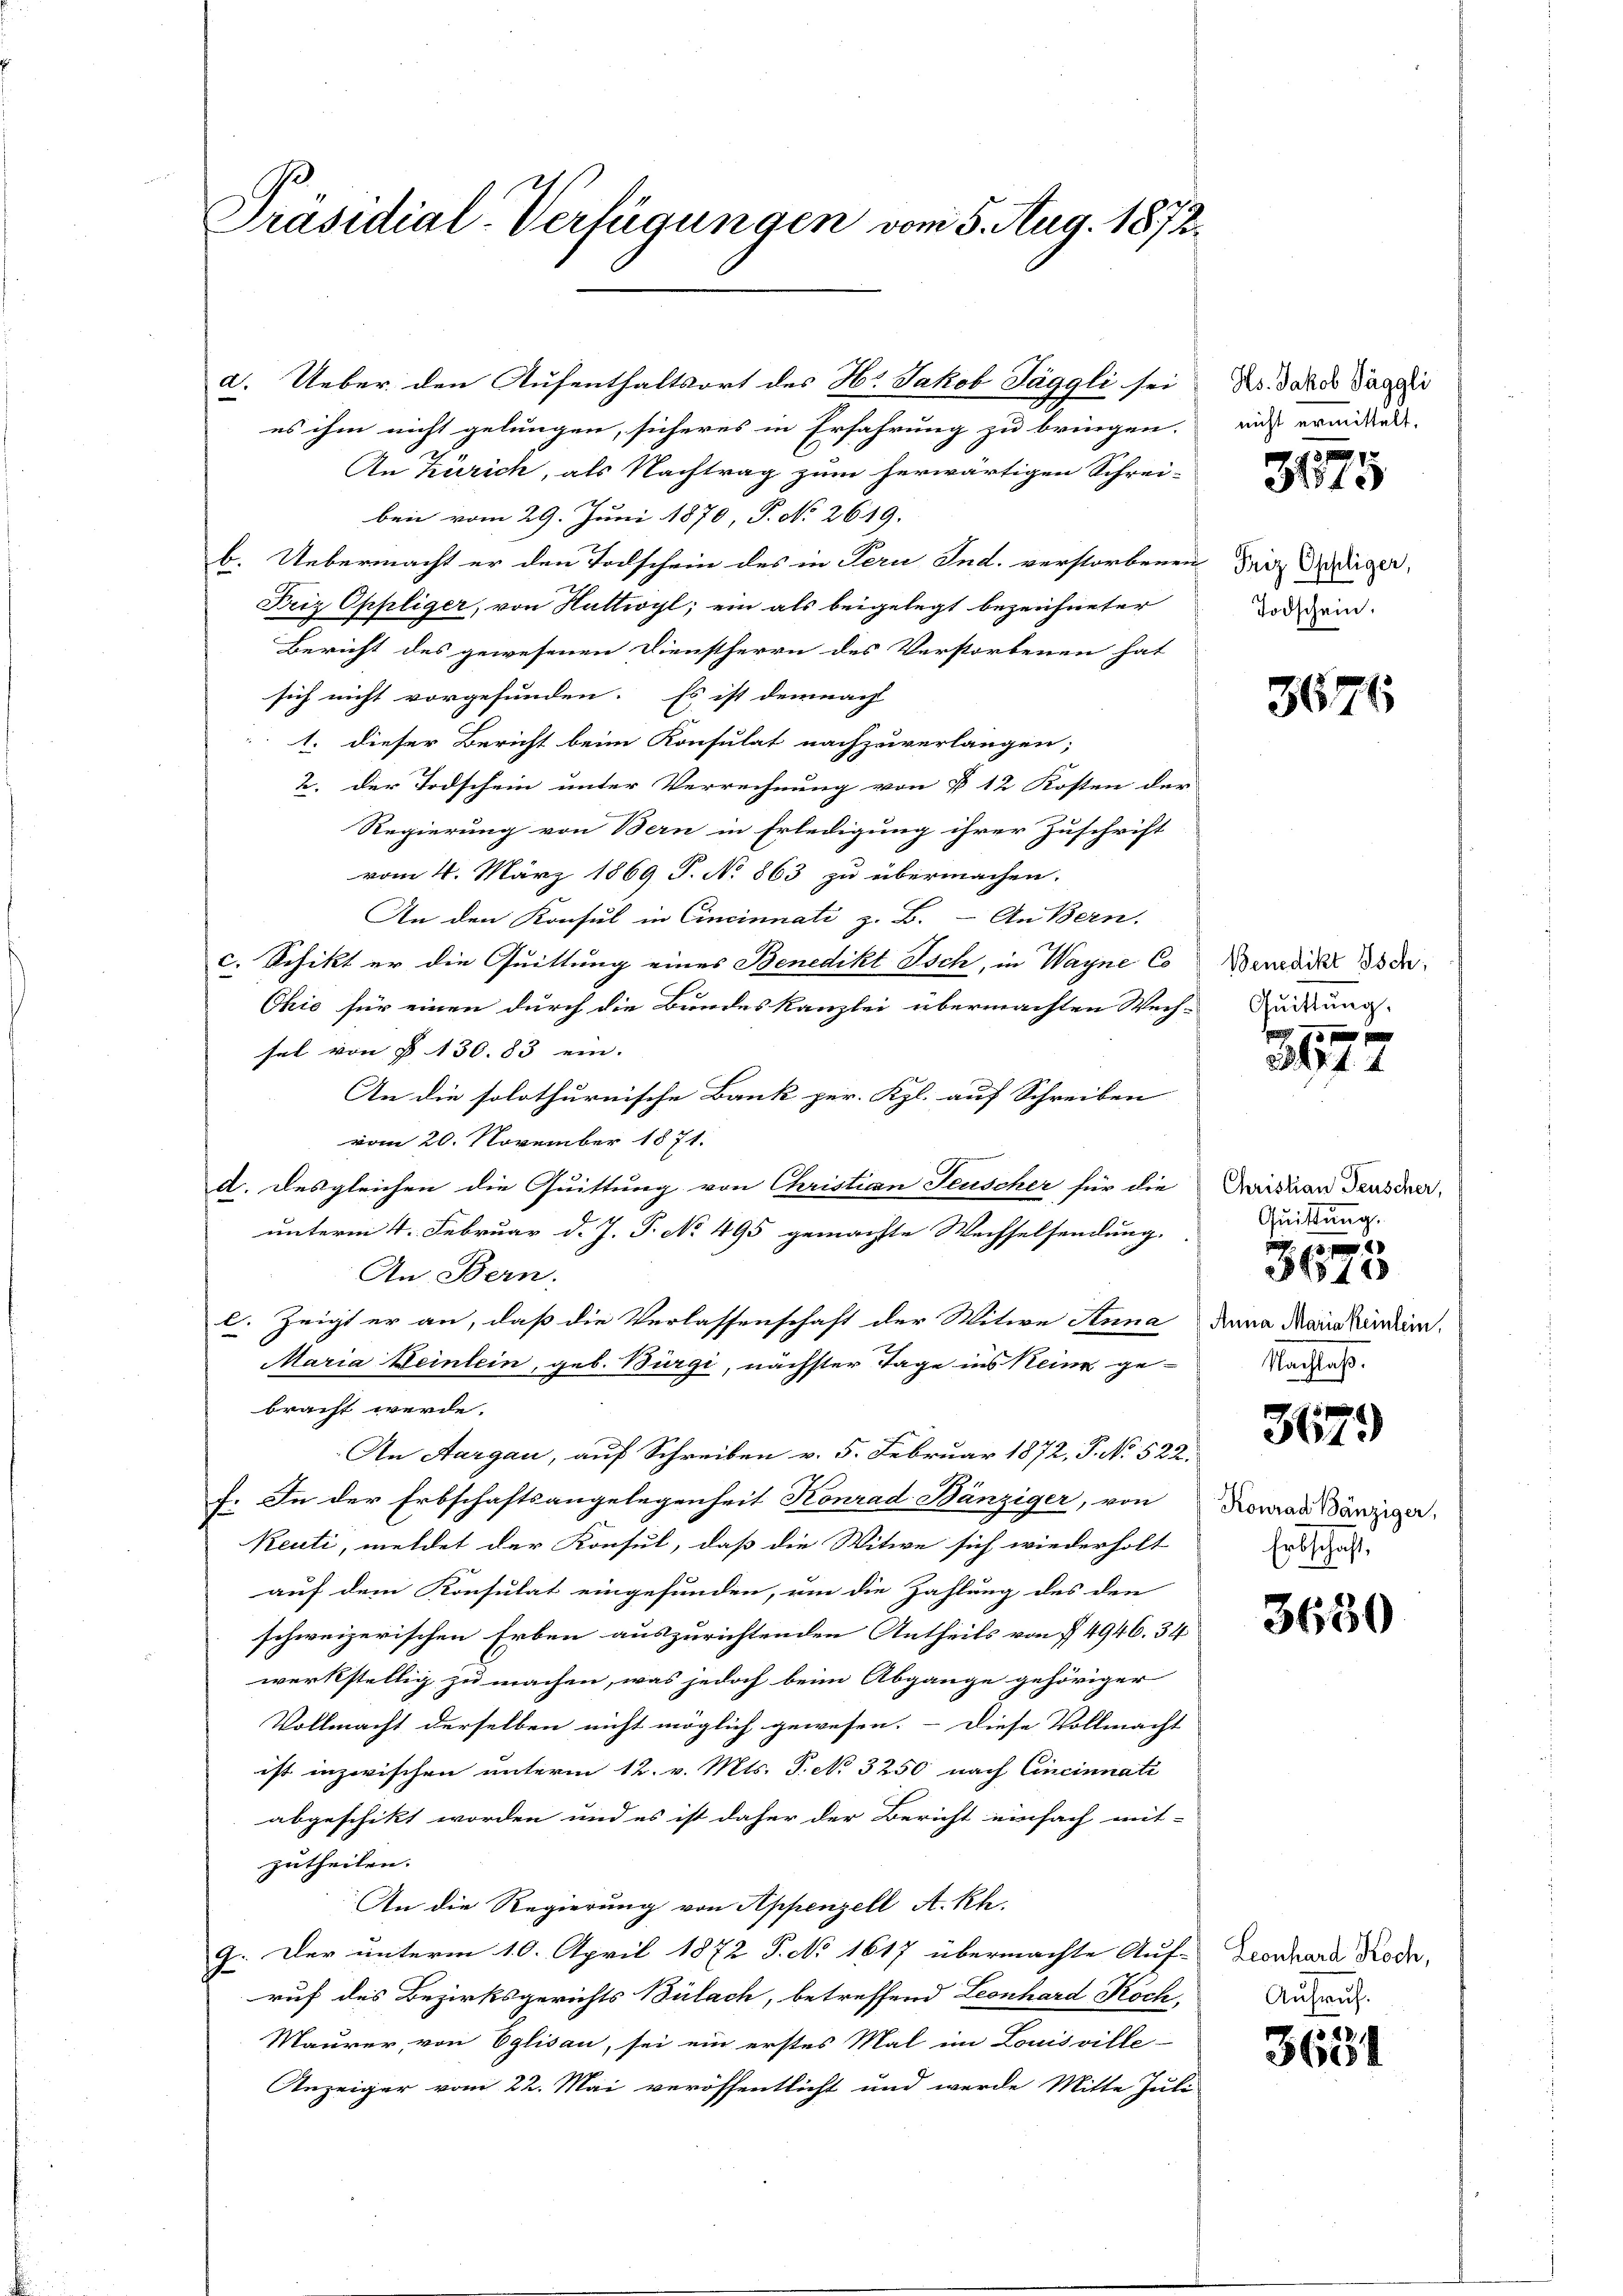
Präsidial-Verfügungen vom 5. Aug. 1872.

a. Ueber den Aufenthaltsort des H. Jakob Jäggli sei
es ihm nicht gelungen, sicheres in Erfahrung zu bringen.
An Zürich, als Nachtrag zum herwärtigen Schrei-
ben vom 29. Juni 1870, P. No 2619.
b. Uebermacht er den Todschein des in Pern Ind. verstorbenen die Gediger,
Friz Oppliger, von Huttwyl, ein als beigelegt bezeichneter
Bericht des gewesenen Dienstherrn des Verstorbenen hat
sich nicht vorgefunden. Es ist demnach
1. dieser Bericht beim Konsulat nachzuverlangen;
2. der Todschein unter Verrechnung von § 12 Kosten der
Regierung von Bern in Erledigung ihrer Zuschrift
vom 4. März 1869 P. No 863 zu übermachen.
An den Konsul in Cincinnati z. B. - An Bern.
c. Schikt er die Quittung eines Benedikt Isch, in Wagne Co
Chie für einen durch die Bundeskanzlei übermachten Wech-
sel von § 130. 83 ein. |
An die solothurnische Bank per. Kgl. auf Schreiben
vom 20. November 1871.
a. Desgleichen die Quittung von Christian Feuscher für die
unterm 4. Februar d. J. J. No 495 gemachte Wachselsendung.
An Bern.
c. Zeigt er an, daß die Verlassenschaft der Witwe Anna dein Main kindern,
Maria Keinlein, geb. Bürgi, nächster Tage ins Keine gebracht werde.
An Aargau, auf Schreiben v. 5. Februar 1872, P. No 522.
f. In der Erbschaftsangelegenheit Konrad Bänziger, von
Reuti, meldet der Konsul, daß die Witwe sich wiederholt
auf dem Konsulat eingefunden, um die Zahlung des den
schweizerischen Erben auszurichtenden Antheils von § 4946. 34
werkstellig zu machen, was jedoch beim Abgange gehöriger
Vollmacht derselben nicht möglich gewesen. – Diese Vollmacht
ist inzwischen unterm 12. v. Mts. S. No 3250 nach Cincinnati
abgeschikt worden und es ist daher der Bericht einfach mit-
zutheilen.
An die Regierung von Appenzell A. Rh.
9. Der unterm 10. April 1872 P. No 1617 übermachte Auf-
ruf des Bezirksgerichts Bülach, betreffend Leonhard Koch,
Maurer, von Eglisau, sei ein erstes Mal im Louisville-
Anzeiger vom 22. Mai veröffentlicht und werde Mitte Juli

Hs. Jakob Jäggli
nicht ermittelt.

10 f 12
281

Todschein.

3676

Benedikt Isch,
Quittung.

d sie
. 4. 4

Christian Feuscher,
Quittung.

3510
Nachlaß.

3179

Konrad Bänziger,
Entschaft,

3650

Leonhard Koch,
Aufruch.

1888.
3661